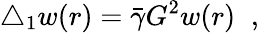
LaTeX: \triangle_{1}w(r)=\bar{\gamma}G^{2}w(r)\; \; ,